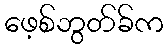
ဖေ့စ်ဘွတ်ခ်က